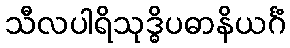
သီလပါရိသုဒ္ဓိပဓာနိယင်္ဂံ